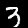
Label: 3